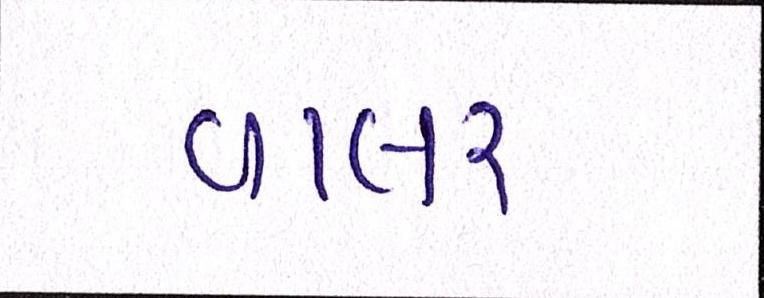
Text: વાલર